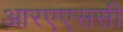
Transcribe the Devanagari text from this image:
आरएएससी